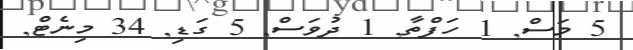
5 މަސް